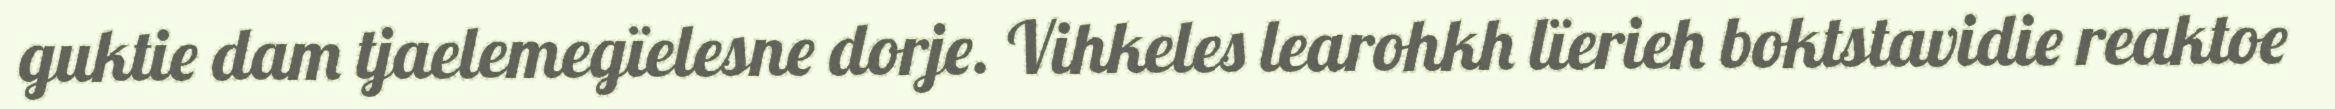
guktie dam tjaelemegïelesne dorje. Vihkeles learohkh lïerieh boktstavidie reaktoe